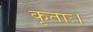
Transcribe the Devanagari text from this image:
कृताः।